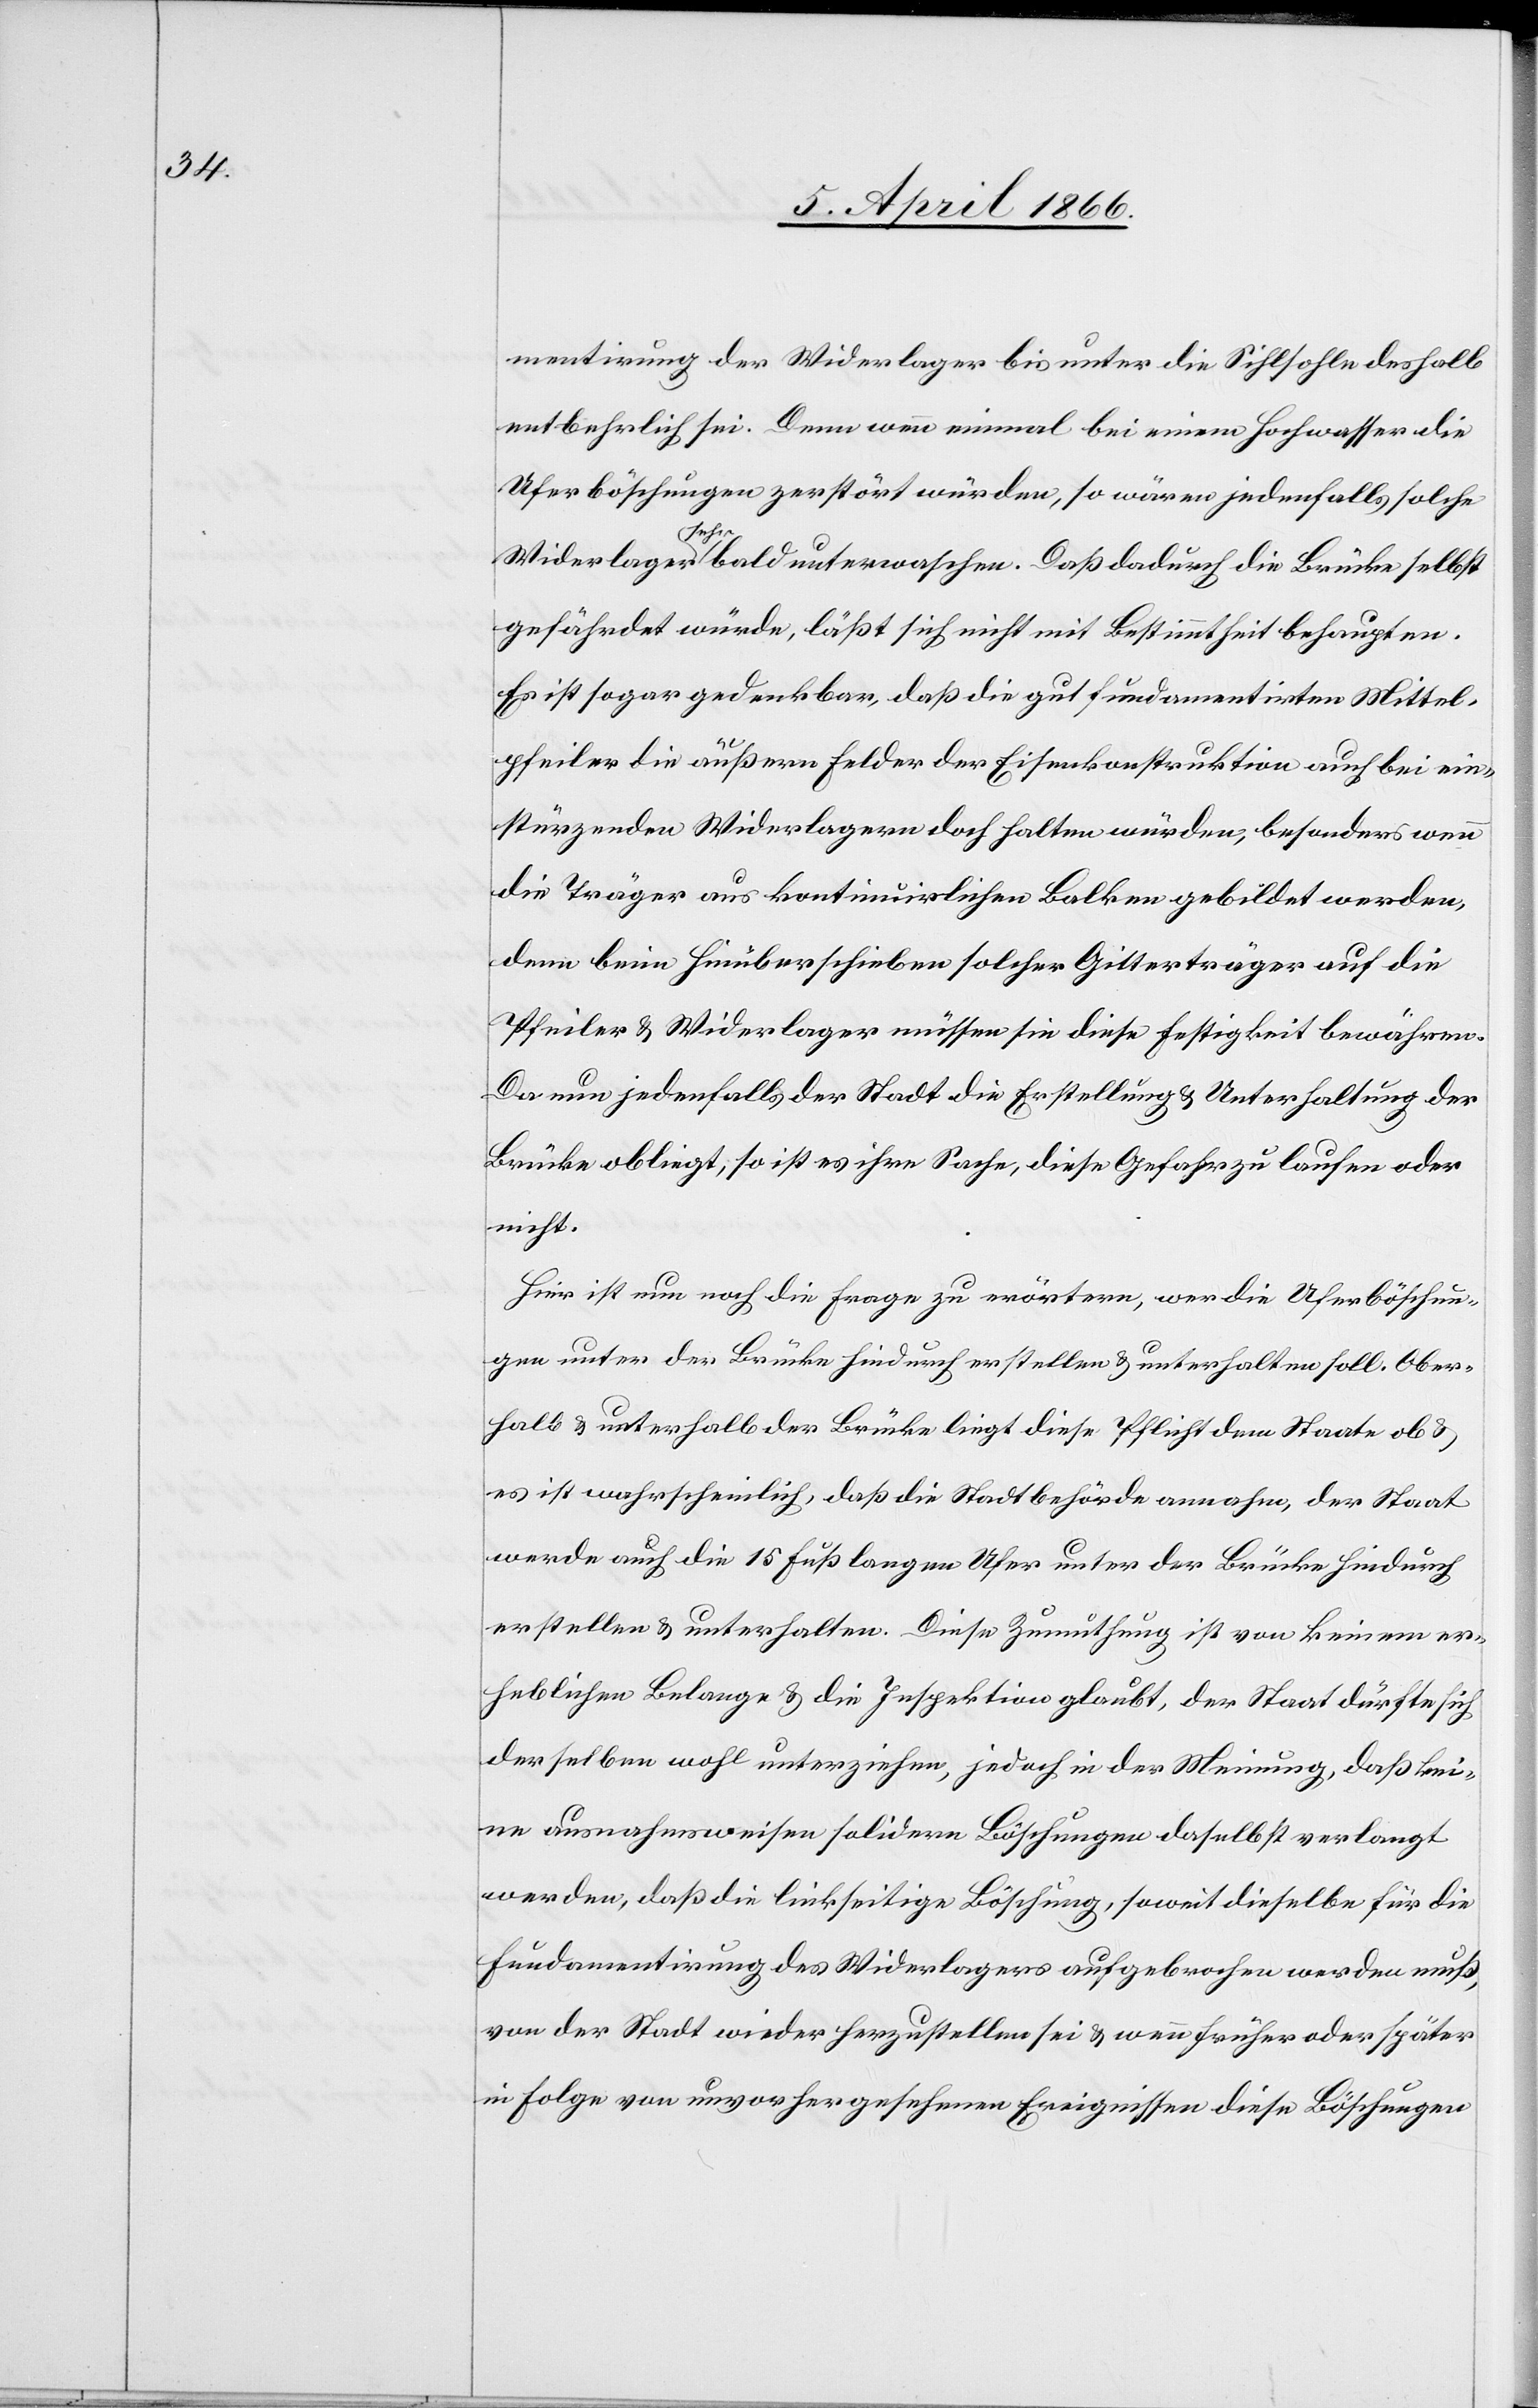
mentirung der Widerlager bis unter die Sihlsohle deshalb
entbehrlich sei. Denn wenn einmal bei einem Hochwasser die
Uferböschungen zerstört würden, so wären jedenfalls solche
Widerlager sehr bald unterwaschen. Daß dadurch die Brücke selbst
gefährdet würde, läßt sich nicht mit Bestimmtheit behaupten.
Es ist sogar gedenkbar, daß die gut fundamentirten Mittel¬
pfeiler die äußern Felder der Eisenkonstruktion auch bei ein¬
stürzenden Widerlagern doch halten würden, besonders wenn
die Träger aus kontinuirlichen Balken gebildet werden,
denn beim hinüberschieben solcher Gitterträger auf die
Pfeiler u. Widerlager müssen sie diese Festigkeit bewähren.
Da nun jedenfalls der Stadt die Erstellung u. Unterhaltung der
Brücke obliegt, so ist es ihre Sache, diese Gefahr zu laufen oder
nicht.
Hier ist nun noch die Frage zu erörtern, wer die Uferböschun¬
gen unter der Brücke hindurch erstellen u. unterhalten soll. Ober¬
halb u. unterhalb der Brücke liegt diese Pflicht dem Staate ob u.
es ist wahrscheinlich, daß die Stadtbehörde annahm, der Staat
werde auch die 15 Fuß langen Ufer unter der Brücke hindurch
erstellen u. unterhalten. Diese Zumuthung ist von keinem er¬
heblichen Belange u. die Inspektion glaubt, der Staat dürfte sich
derselben wohl unterziehen, jedoch in der Meinung, daß kei¬
ne ausnahmsweisen solidern Böschungen daselbst verlangt
werden, daß die linkseitige Böschung, soweit dieselbe für die
Fundamentirung des Widerlagers aufgebrochen werden muß,
von der Stadt wieder herzustellen sei u. wenn früher oder später
in Folge von unvorhergesehenen Ereignissen diese Böschungen